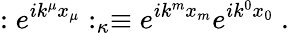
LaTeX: :e^{ik^{\mu}x_{\mu}}:_{\kappa}\equiv e^{ik^{m}x_{m}}e^{ik^{0}x_{0}}~.